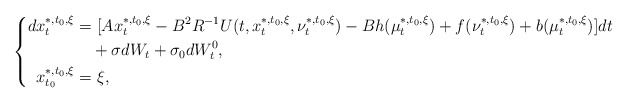
\begin{align*}\left\{\begin{aligned}dx_t^{*,t_0,\xi}=&~[Ax_t^{*,t_0,\xi}-B^2R^{-1}U(t,x_t^{*,t_0,\xi},\nu_t^{*,t_0,\xi})-Bh(\mu_t^{*,t_0,\xi})+f(\nu_t^{*,t_0,\xi})+b(\mu_t^{*,t_0,\xi})]dt\\&+\sigma dW_t+\sigma_0dW^0_t,\\x_{t_0}^{*,t_0,\xi}=&~\xi,\end{aligned}\right.\end{align*}